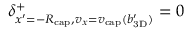
\delta _ { x ^ { \prime } = - \ensuremath { R _ { \mathrm { c a p } } } , v _ { x } = \ensuremath { v _ { \mathrm { c a p } } } ( \ensuremath { b _ { \mathrm { 3 D } } ^ { \prime } } ) } ^ { + } = 0